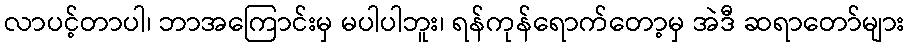
လာပင့်တာပါ၊ ဘာအကြောင်းမှ မပါပါဘူး၊ ရန်ကုန်ရောက်တော့မှ အဲဒီ ဆရာတော်များ